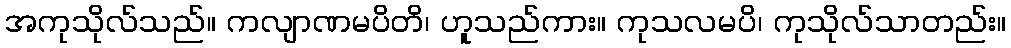
အကုသိုလ်သည်။ ကလျာဏမပိတိ၊ ဟူသည်ကား။ ကုသလမပိ၊ ကုသိုလ်သာတည်း။